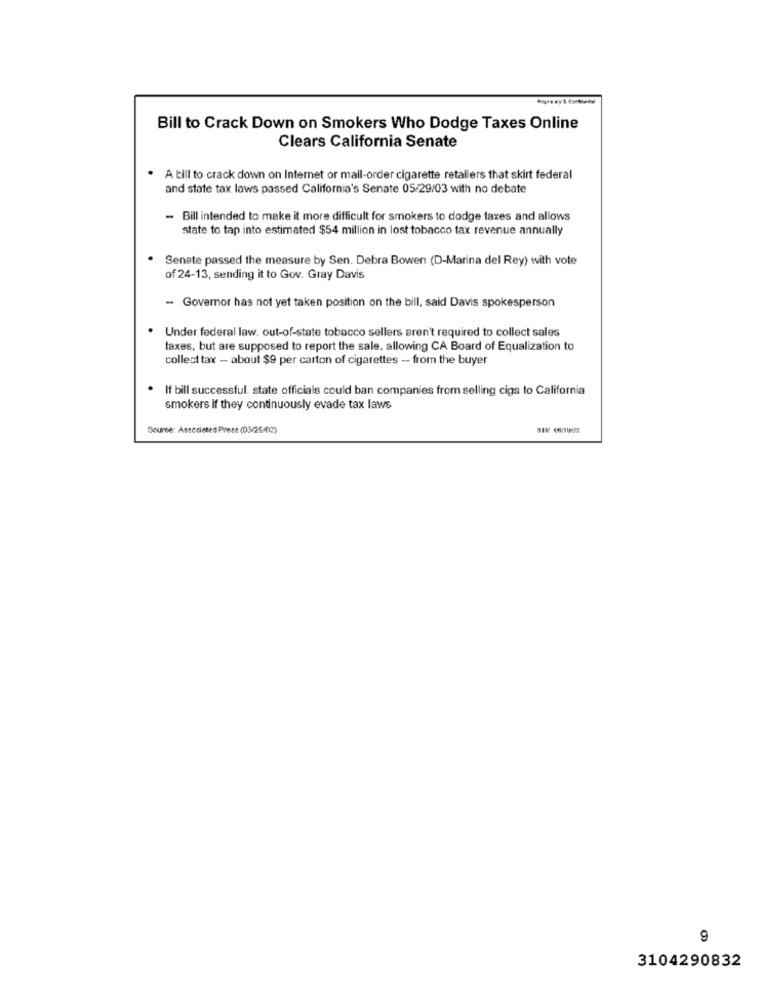
Bill to Crack Down on Smokers Who Dodge Taxes Online
Clears California Senate
. A bill to crack down on Internet or mail-order cigarette retailers that skirt federal
and state tax laws passed California's Senate 05/29/03 with no debate
Bill intended to make it more difficult for smokers to dodge taxes and allows
state to tap into estimated $54 million in lost tobacco tax revenue annually
Senate passed the measure by Sen. Debra Bowen (D-Marina del Rey) with vote
of 24-13, sending it to Gov. Gray Davis
- Governor has not yet taken position on the bill, said Davis spokesperson
Under federal law. out-of-state tobacco sellers aren't required to collect sales
taxes, but are supposed to report the sale, allowing CA Board of Equalization to
collect tax -- about $9 per carton of cigarettes - from the buyer
If bill successful. state officials could ban companies from selling cigs to California
smokers if they continuously evade tax laws
Source: Associated Press (03/26/00)
9
3104290832